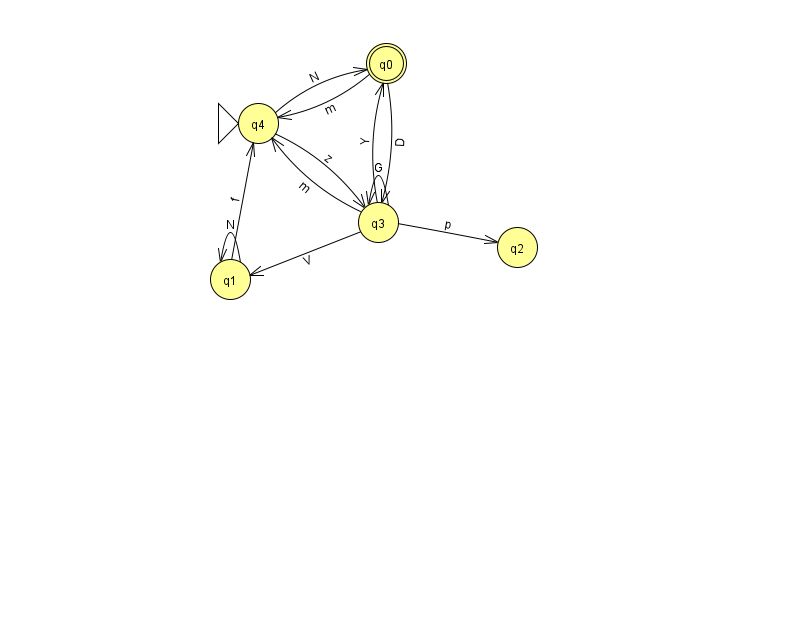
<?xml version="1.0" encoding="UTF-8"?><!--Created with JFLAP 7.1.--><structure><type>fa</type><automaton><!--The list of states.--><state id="0" name="q0"><x>386.0</x><y>50.0</y><final/></state><state id="1" name="q1"><x>230.0</x><y>266.0</y></state><state id="2" name="q2"><x>517.0</x><y>234.0</y></state><state id="3" name="q3"><x>378.0</x><y>209.0</y></state><state id="4" name="q4"><x>258.0</x><y>110.0</y><initial/></state><!--The list of transitions.--><transition><from>0</from><to>3</to><read>D</read></transition><transition><from>0</from><to>4</to><read>m</read></transition><transition><from>4</from><to>0</to><read>N</read></transition><transition><from>4</from><to>3</to><read>z</read></transition><transition><from>3</from><to>1</to><read>V</read></transition><transition><from>3</from><to>4</to><read>m</read></transition><transition><from>3</from><to>3</to><read>G</read></transition><transition><from>3</from><to>2</to><read>p</read></transition><transition><from>1</from><to>4</to><read>f</read></transition><transition><from>3</from><to>0</to><read>Y</read></transition><transition><from>1</from><to>1</to><read>N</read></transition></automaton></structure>